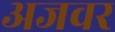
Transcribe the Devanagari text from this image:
अजवर